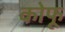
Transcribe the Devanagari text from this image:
कोफू